Kures,_Voldemar, lk 131
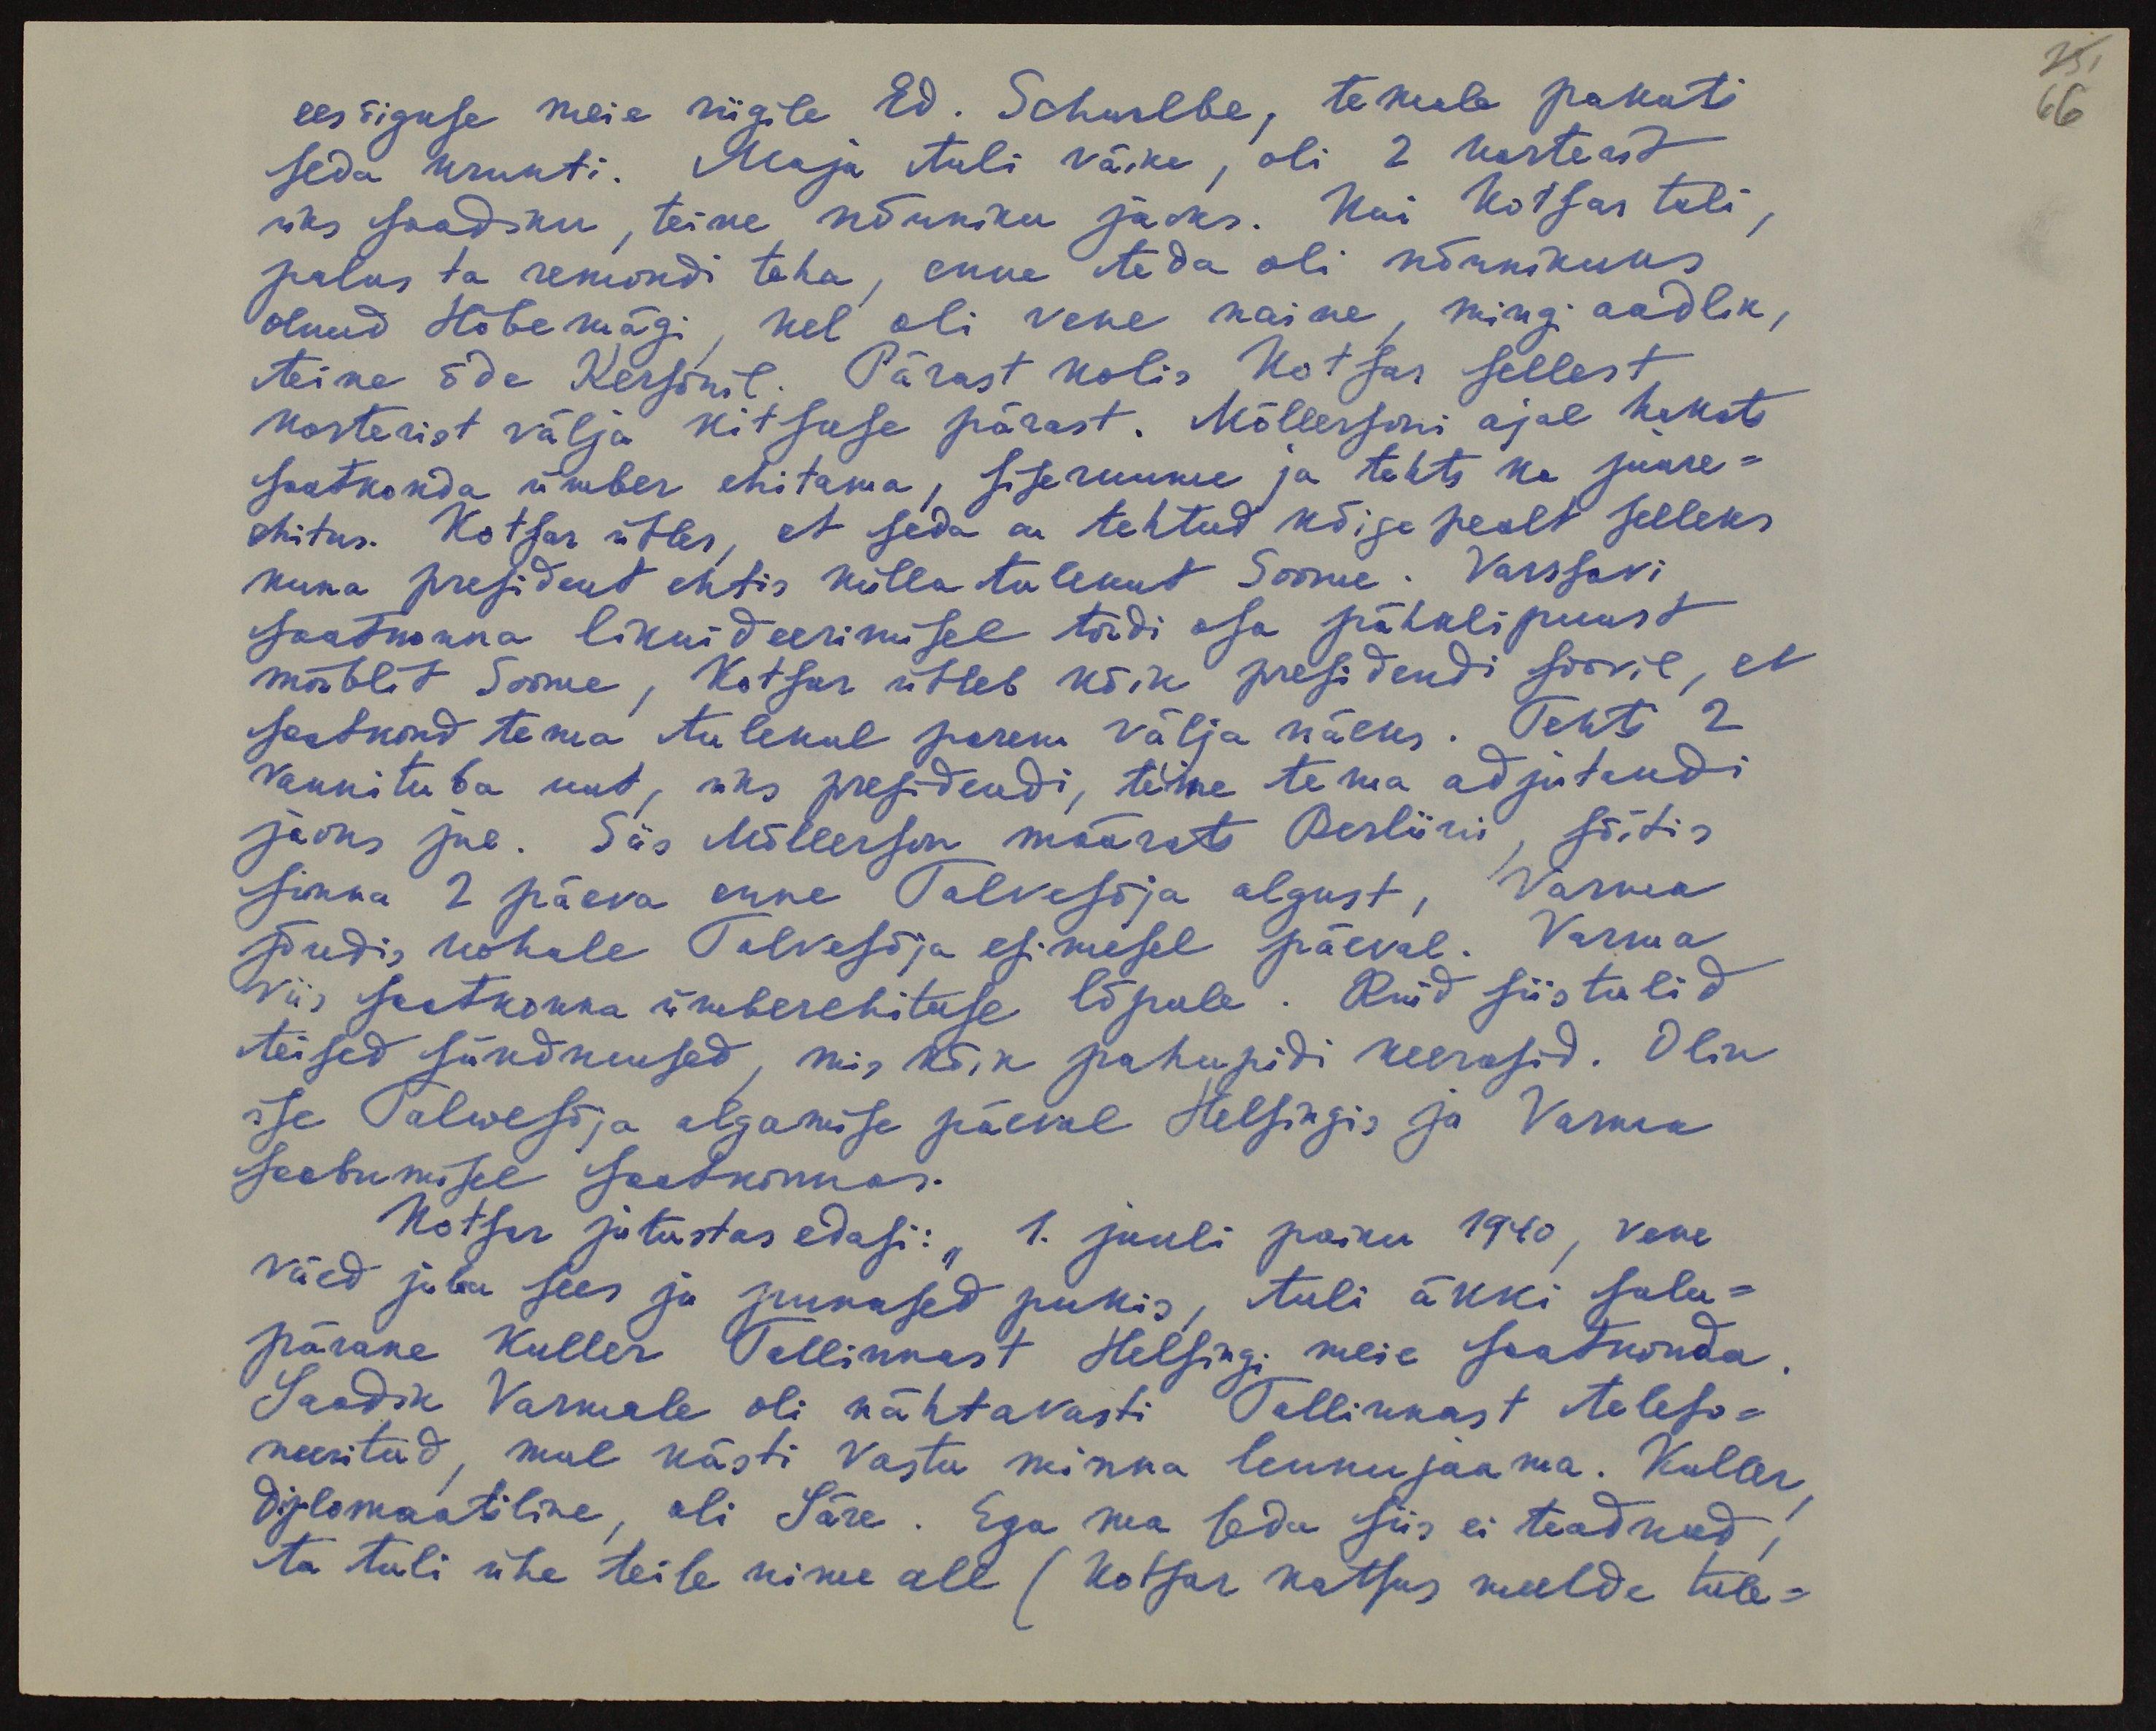
131
66

eesõiguse meie riigile Ed. Schurlbe, temale pakuti
seda krunti. Maja tuli väike, oli 2 korterit
üks saadiku, teine nõuniku jaoks. Kui Kotsar tuli,
palus ta remondi teha, enne teda oli nõunikuks
olnud Hõbemägi, kel oli vene naine, mingi aadlik,
teine õde Kersonil. Pärast kolis Kotsar sellest
korterist välja kitsuse pärast. Möllersoni ajal hakati
saatkonda ümber ehitama, siseruume ja tehti ka juure-
ehitus. Kotsar ütles, et seda on tehtud kõige pealt selleks
kuna president ehtis külla tulekut Soome. Varssavi
saatkonna likvideerimisel toodi osa pähklipuust
mööblit Soome, Kotsar ütleb kõik presidendi soovil, et
saatkond tema tulekul parem välja näeks. Tehti 2
vannituba uut, üks presidendi, teine tema adjutandi
jaoks jne. Siis Möllerson määrati Berliini, sõitis
sinna 2 päeva enne Talvesõja algust, Varma
jõudis kohale Talvesõja esimesel päeval. Varma
viis saatkonna ümberehituse lõpule. Kuid siis tulid
teised sündmused, mis kõik pahupidi keerasid. Olin
ise Talwesõja algamise päeval Helsingis ja Varma
saabumisel saatkonnas.
Kotsar jutustas edasi: "1. juuli paiku 1940, Vene
väed juba sees ja punased pukis, tuli äkki sala-
pärane Kuller Tallinnast Helsingi meie saatkonda.
Saadik Varmale oli nähtavasti Tallinnast telefo-
neeritud, mul kästi vastu minna lennujaama. Kuller,
diplomaatiline, oli Säre. Ega ma seda siis ei teadnud,
ta tuli ühe teise nime all (Kotsar katsus meelde tule-